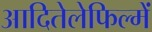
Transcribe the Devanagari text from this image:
आदितेलेफिल्में